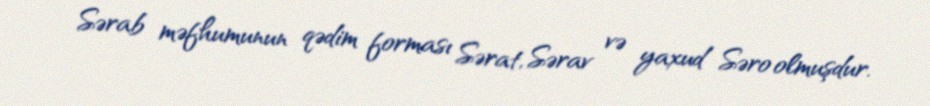
Sərab məfhumunun qədim forması Sərat, Sərav və yaxud Səro olmuşdur.